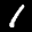
Label: 1